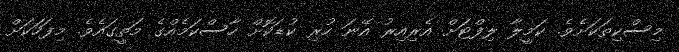
މިސްކިތަކަށެވެ. ކަމީލާ ލިފްޓަށް އެރިއިރު އޭނަ ހުރި ކުޑަކޮށް ހާސްކަމެއްގެ މަތީގައެވެ. މިފަހަކަށް